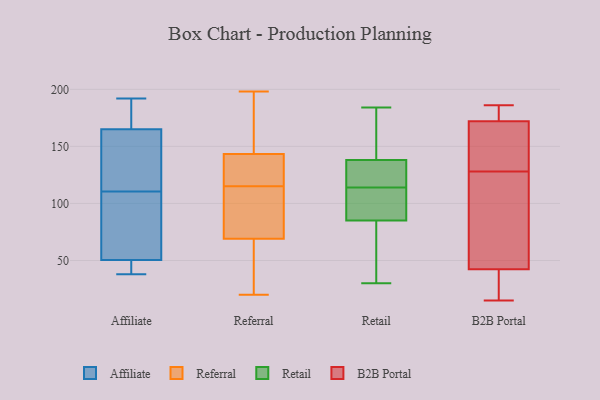
{"axis": {"x": "Operating Costs (USD K)", "y": "Value"}, "legend": ["Affiliate", "B2B Portal", "Referral", "Retail"], "data": [{"x": "", "y": 192, "type": "Affiliate"}, {"x": "", "y": 49, "type": "Affiliate"}, {"x": "", "y": 52, "type": "Affiliate"}, {"x": "", "y": 104, "type": "Affiliate"}, {"x": "", "y": 165, "type": "Affiliate"}, {"x": "", "y": 106, "type": "Affiliate"}, {"x": "", "y": 38, "type": "Affiliate"}, {"x": "", "y": 160, "type": "Affiliate"}, {"x": "", "y": 49, "type": "Affiliate"}, {"x": "", "y": 115, "type": "Affiliate"}, {"x": "", "y": 165, "type": "Affiliate"}, {"x": "", "y": 171, "type": "Affiliate"}, {"x": "", "y": 115, "type": "Referral"}, {"x": "", "y": 114, "type": "Referral"}, {"x": "", "y": 68, "type": "Referral"}, {"x": "", "y": 81, "type": "Referral"}, {"x": "", "y": 72, "type": "Referral"}, {"x": "", "y": 24, "type": "Referral"}, {"x": "", "y": 117, "type": "Referral"}, {"x": "", "y": 20, "type": "Referral"}, {"x": "", "y": 33, "type": "Referral"}, {"x": "", "y": 146, "type": "Referral"}, {"x": "", "y": 182, "type": "Referral"}, {"x": "", "y": 123, "type": "Referral"}, {"x": "", "y": 100, "type": "Referral"}, {"x": "", "y": 135, "type": "Referral"}, {"x": "", "y": 127, "type": "Referral"}, {"x": "", "y": 192, "type": "Referral"}, {"x": "", "y": 186, "type": "Referral"}, {"x": "", "y": 24, "type": "Referral"}, {"x": "", "y": 198, "type": "Referral"}, {"x": "", "y": 30, "type": "Retail"}, {"x": "", "y": 112, "type": "Retail"}, {"x": "", "y": 32, "type": "Retail"}, {"x": "", "y": 160, "type": "Retail"}, {"x": "", "y": 115, "type": "Retail"}, {"x": "", "y": 184, "type": "Retail"}, {"x": "", "y": 116, "type": "Retail"}, {"x": "", "y": 176, "type": "Retail"}, {"x": "", "y": 114, "type": "Retail"}, {"x": "", "y": 76, "type": "Retail"}, {"x": "", "y": 94, "type": "Retail"}, {"x": "", "y": 114, "type": "Retail"}, {"x": "", "y": 173, "type": "B2B Portal"}, {"x": "", "y": 138, "type": "B2B Portal"}, {"x": "", "y": 62, "type": "B2B Portal"}, {"x": "", "y": 109, "type": "B2B Portal"}, {"x": "", "y": 15, "type": "B2B Portal"}, {"x": "", "y": 179, "type": "B2B Portal"}, {"x": "", "y": 133, "type": "B2B Portal"}, {"x": "", "y": 38, "type": "B2B Portal"}, {"x": "", "y": 38, "type": "B2B Portal"}, {"x": "", "y": 176, "type": "B2B Portal"}, {"x": "", "y": 169, "type": "B2B Portal"}, {"x": "", "y": 128, "type": "B2B Portal"}, {"x": "", "y": 31, "type": "B2B Portal"}, {"x": "", "y": 186, "type": "B2B Portal"}, {"x": "", "y": 55, "type": "B2B Portal"}]}